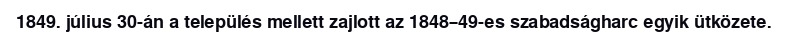
1849. július 30-án a település mellett zajlott az 1848–49-es szabadságharc egyik ütközete.